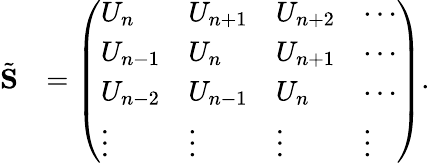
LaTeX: \begin{array}{rl}{\tilde{\mathbf S}}&{=\left(\begin{array}{llll}{U_{n}}&{U_{n+1}}&{U_{n+2}}&{\cdots}\\ {U_{n-1}}&{U_{n}}&{U_{n+1}}&{\cdots}\\ {U_{n-2}}&{U_{n-1}}&{U_{n}}&{\cdots}\\ {\vdots}&{\vdots}&{\vdots}&{\vdots}\end{array}\right).}\end{array}